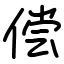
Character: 偿